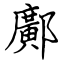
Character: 鄺